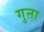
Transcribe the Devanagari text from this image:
गुऩा